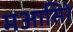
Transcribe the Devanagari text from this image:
मआसिरे